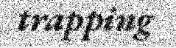
trapping